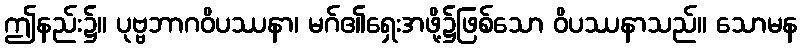
ဤနည်း၌။ ပုဗ္ဗဘာဂဝိပဿနာ၊ မဂ်၏ရှေးအဖို့၌ဖြစ်သော ဝိပဿနာသည်။ သောမန